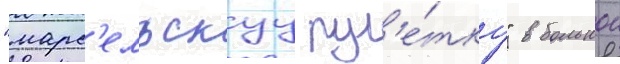
"марс'ельскуу рул'е́тку" в большои